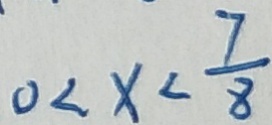
0 < x < \frac { 7 } { 8 }